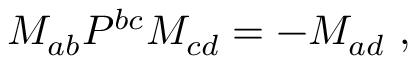
M _ { a b } { \cal P } ^ { b c } M _ { c d } = - M _ { a d } ~ ,